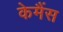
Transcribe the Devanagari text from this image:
केमैंस